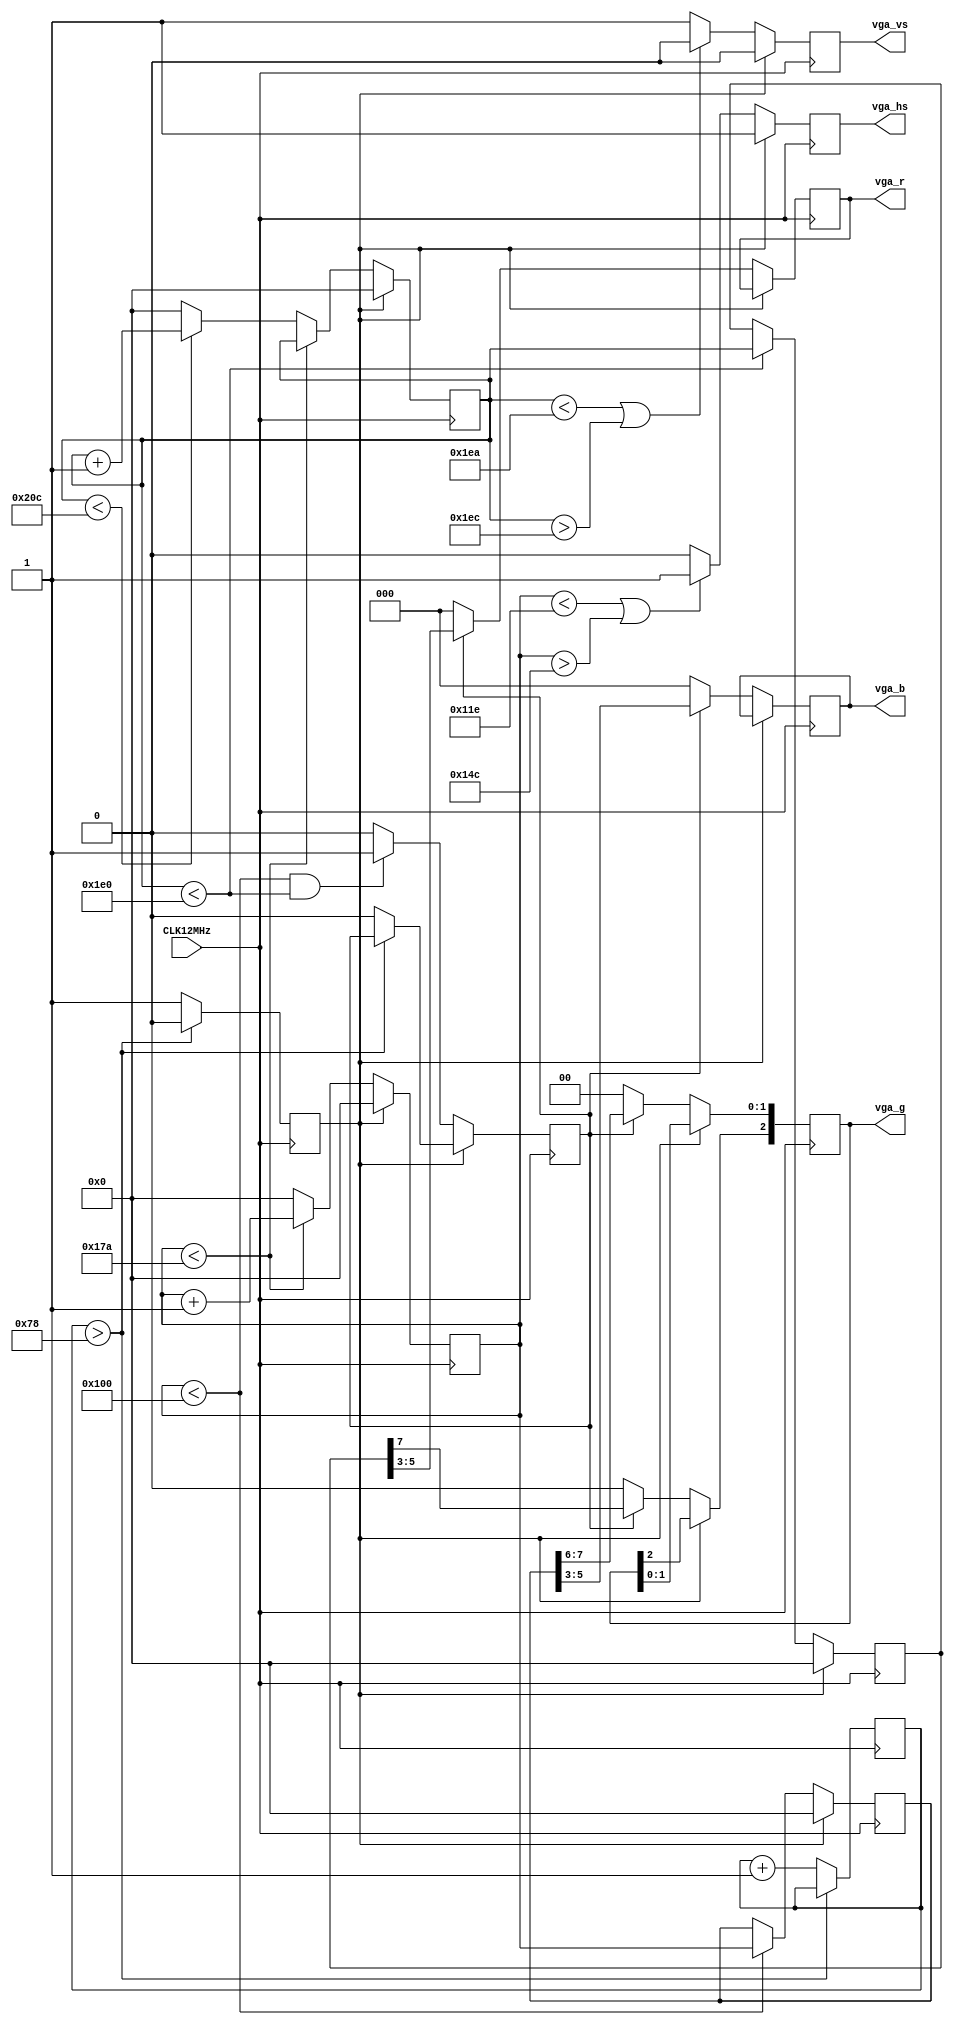
// Create a simple VGA output
/* module */
module top (input CLK12MHz,
            output reg [2:0] vga_r,
            output reg [2:0] vga_g,
            output reg [2:0] vga_b,
            output reg vga_hs,
            output reg vga_vs);

// The normal dotclock for VGA is 25.175 MHz.  The OLIMEX HX8K board has a
// 100 Mhz oscillator and divides this by 4 to get a 25Mhz clock.
// Since I'm after a more primitive low-res display, I've derived my timing
// numbers based on the 640x480, but I'm only after 256x240.

parameter h_pulse = 46;     // H-sync pulse = 3.83us
parameter h_bp = 23+24;     // back porch pulse width
parameter h_pixels = 256;   // Number of horizontal pixels
parameter h_fp = 6+24;      // front porch pulse width
parameter h_pol = 1'b0;     // hsync polarity
parameter h_frame = 379;    // Total horizontal frame (46+48+256+31)

parameter v_pulse = 2;      // v-sync pulse width
parameter v_bp = 33;        // back porch pulse width
parameter v_pixels = 480;   // number of vertical pixels
parameter v_fp = 10;        // front porch width
parameter v_pol = 1'b1;     // vsync polarity
parameter v_frame = 525;    // Total vertical frame (2+33+480+10)

wire vga_clk = CLK12MHz;

// Video color and sync registers
reg reset = 1;
reg [7:0] rtimer = 8'b0;
reg [9:0] c_hor;            // Complete frame register column
reg [9:0] c_ver;            // Complete frame register row
reg [9:0] pix_x;            // visible pixel coordinate
reg [9:0] pix_y;            // visible pixel coordinate
reg disp_en;                // display on

always @(posedge vga_clk) begin

    // Generate 10us of reset
    if (rtimer > 120) begin
        reset <= 0;
    end
    else begin
        rtimer <= rtimer + 1;
        reset <= 1;
        disp_en <= 0;
    end

    if (reset == 1) begin
        c_hor <= 0;
        c_ver <= 0;
        pix_x <= 0;
        pix_y <= 0;
        vga_hs <= ~h_pol;
        vga_vs <= ~v_pol;
    end
    else begin
        // Update beam position 
        if (c_hor < h_frame - 1) begin
            c_hor <= c_hor + 1;
        end
        else begin
            c_hor <= 0;
            if (c_ver < v_frame - 1) begin
                c_ver <= c_ver + 1;
            end
            else begin
                c_ver <= 0;
            end
        end

        // Generate Hsync
        if (c_hor < h_pixels + h_fp || c_hor > h_pixels + h_fp + h_pulse) begin
            vga_hs <= ~h_pol;
        end
        else begin
            vga_hs <= h_pol;
        end

        // Generate Vsync
        if (c_ver < v_pixels + v_fp || c_ver > v_pixels + v_fp + v_pulse) begin
            vga_vs <= ~v_pol;
        end
        else begin
            vga_vs <= v_pol;
        end

        // Update pixel position if inside the visible portion of the display
        if (c_hor < h_pixels) begin
            pix_x <= c_hor;
        end
        if (c_ver < v_pixels) begin
            pix_y <= c_ver;
        end

        // Display enable
        if (c_hor < h_pixels && c_ver < v_pixels) begin
            disp_en <= 1;
        end
        else begin
            disp_en <= 0;
        end

        if (disp_en) begin
            vga_b <= pix_x[5:3];
            vga_r <= pix_y[5:3];
            vga_g[1:0] <= pix_x[7:6];
            vga_g[2] <= pix_y[7];
        end
        else begin
            vga_r <= 0;
            vga_g <= 0;
            vga_b <= 0;
        end
    end
end
endmodule